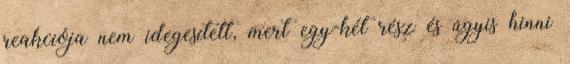
reakciója nem idegesített, mert egy-két rész és úgyis hinni